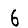
Digit: 6